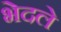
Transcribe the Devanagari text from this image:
भेदले